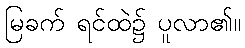
မြခက် ရင်ထဲ၌ ပူလာ၏။